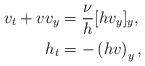
LaTeX: \begin{align*}v_t+vv_y&=\frac{\nu}{h}[hv_y]_y,\\h_t&= -\left(h v\right)_y,\end{align*}